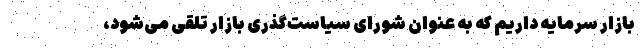
بازار سرمایه داریم که به عنوان شورای سیاست‌گذری بازار تلقی می‌شود،